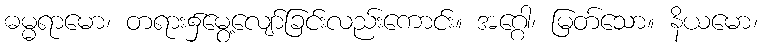
ဓမ္မရာမော၊ တရား၌မွေ့လျော်ခြင်းလည်းကောင်း။ အဂ္ဂေါ၊ မြတ်သော။ နိယမော၊